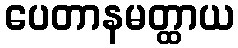
ပေတာနမတ္ထာယ